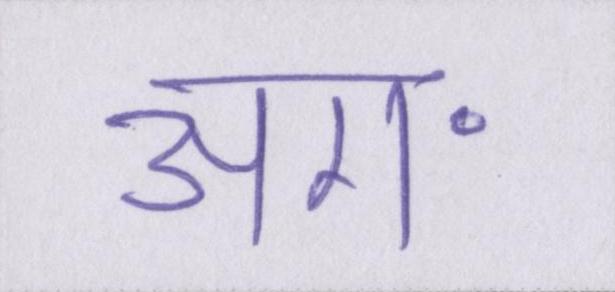
अग॰